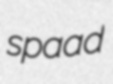
spaad